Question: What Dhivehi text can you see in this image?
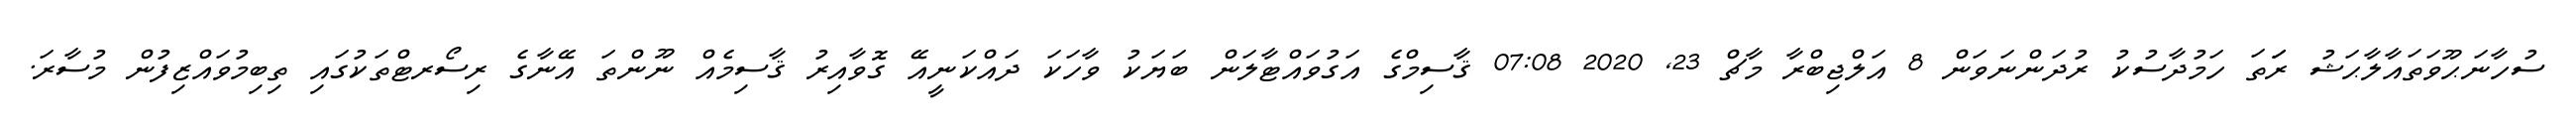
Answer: ސުހާނަޙޫވަތައާލާޙަޝު ރަަތަ ހަމުދާސުކު ރުދަންނަވަން 8 އަލްޖިބްރާ މާޗް 23, 2020 07:08 ޤާސިމްގެ އަގުވައްޓާލަން ބަޔަކު ވާހަކަ ދައްކަނީއޭ ގޮވާއިރު ޤާސިމެއް ނޫންތަ އޭނާގެ ރިސޯރޓްތަކުގައި ތިބިމުވައްޒިފުން މުސާރަ.